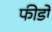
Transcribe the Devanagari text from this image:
फीडों